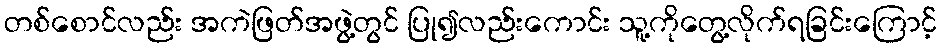
တစ်စောင်လည်း အကဲဖြတ်အဖွဲ့တွင် ပြု၍လည်းကောင်း သူ့ကိုတွေ့လိုက်ရခြင်းကြောင့်